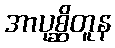
အာပုစ္ဆိတူန